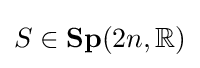
S\in \mathbf {Sp} (2n,\mathbb {R} )